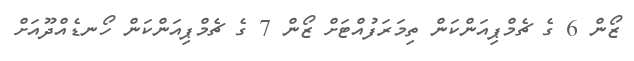
ޒޯން 6 ގެ ޗެމްޕިއަންކަން ތިމަރަފުއްޓަށް ޒޯން 7 ގެ ޗެމްޕިއަންކަން ހޯނޑެއްދޫއަށް